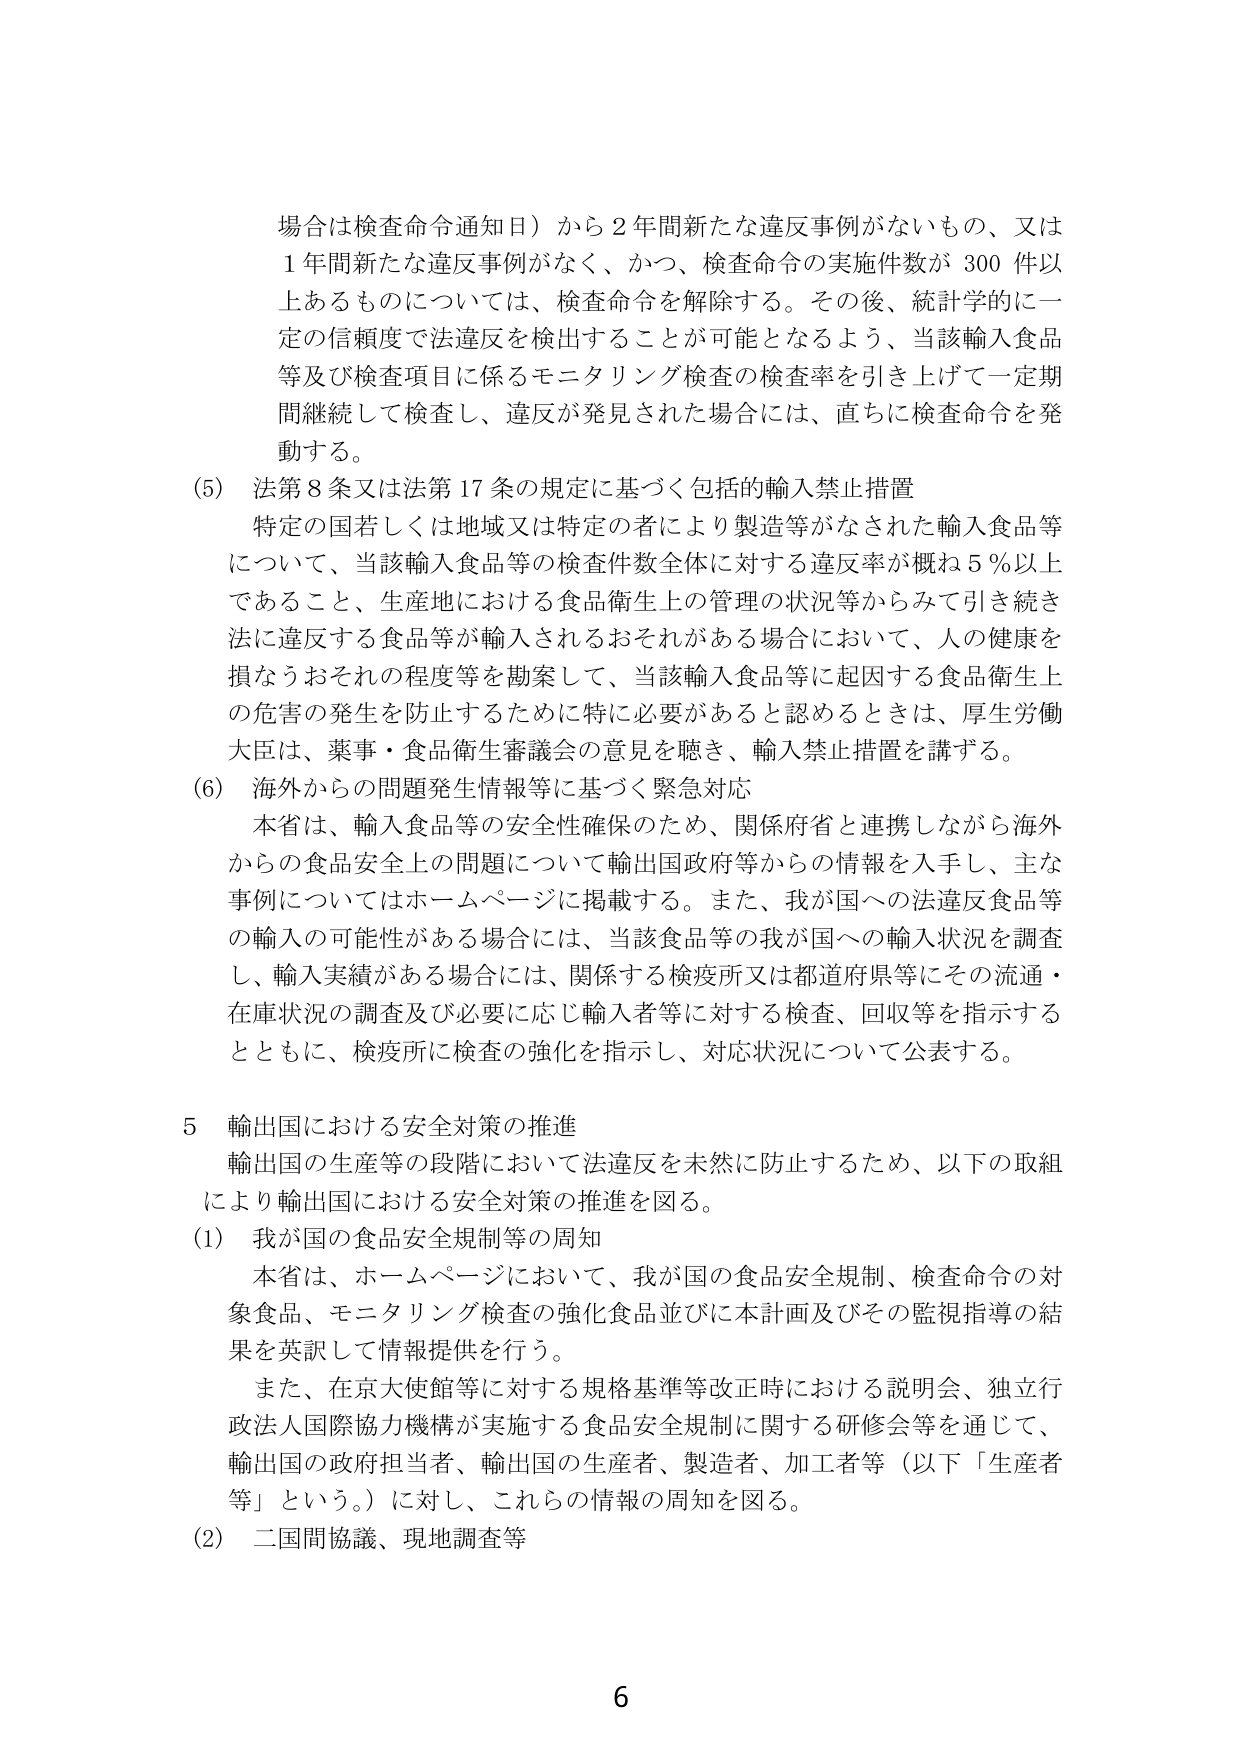
場合は検査命令通知日）から２年間新たな違反事例がないもの、又は
１年間新たな違反事例がなく、かつ、検査命令の実施件数が３００件以上あるものについては、検査命令を解除する。その後、統計学的に一定の信頼度で法違反を検出することが可能となるよう、当該輸入食品等及び検査項目に係るモニタリング検査の検査率を引き上げて一定期間継続して検査し、違反が発見された場合には、直ちに検査命令を発動する。

（5）法第8条又は法第17条の規定に基づく包括的輸入禁止措置
特定の国若しくは地域又は特定の者により製造等がなされた輸入食品等について、当該輸入食品等の検査件数全体に対する違反率が概ね５％以上であること、生産地における食品衛生上の管理の状況等からみて引き続き法に違反する食品等が輸入されるおそれがある場合において、人の健康を損なうおそれの程度等を勘案して、当該輸入食品等に起因する食品衛生上の危害の発生を防止するために特に必要があると認めるときは、厚生労働大臣は、薬事・食品衛生審議会の意見を聴き、輸入禁止措置を講ずる。

（6）海外からの問題発生情報等に基づく緊急対応
本省は、輸入食品等の安全性確保のため、関係府省と連携しながら海外からの食品安全上の問題について輸出国政府等からの情報を入手し、主な事例についてはホームページに掲載する。また、我が国への法違反食品等の輸入の可能性がある場合には、当該食品等の我が国への輸入状況を調査し、輸入実績がある場合には、関係する検疫所又は都道府県等にその流通・在庫状況の調査及び必要に応じ輸入者等に対する検査、回収等を指示するとともに、検疫所に検査の強化を指示し、対応状況について公表する。

５ 輸出国における安全対策の推進
輸出国の生産等の段階において法違反を未然に防止するため、以下の取組により輸出国における安全対策の推進を図る。

（1）我が国の食品安全規制等の周知
本省は、ホームページにおいて、我が国の食品安全規制、検査命令の対象食品、モニタリング検査の強化食品並びに本計画及びその監視指導の結果を英訳して情報提供を行う。
また、在京大使館等に対する規格基準等改正時における説明会、独立行政法人国際協力機構が実施する食品安全規制に関する研修会等を通じて、輸出国の政府担当者、輸出国の生産者、製造者、加工者等（以下「生産者等」という。）に対し、これらの情報の周知を図る。

（2）二国間協議、現地調査等

6